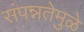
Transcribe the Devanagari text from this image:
संपन्नतेमुळे